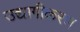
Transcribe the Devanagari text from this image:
उद्यागीकरण